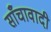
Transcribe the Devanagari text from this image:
साँचावादी